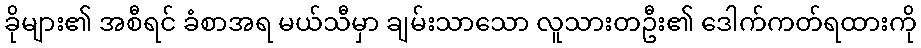
ခိုများ၏ အစီရင် ခံစာအရ မယ်သီမှာ ချမ်းသာသော လူသားတဦး၏ ဒေါက်ကတ်ရထားကို